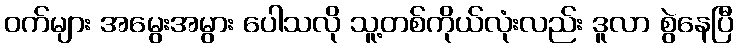
ဝက်များ အမွေးအမွား ပေါသလို သူ့တစ်ကိုယ်လုံးလည်း ဒူလာ စွဲနေပြီ